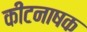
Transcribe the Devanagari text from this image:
कीटनाषक